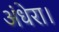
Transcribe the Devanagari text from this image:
अंधेरा।